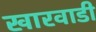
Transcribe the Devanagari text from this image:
खारवाडी